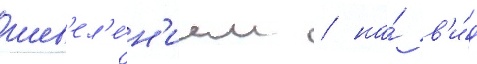
шев'ел'е́н'ием / на́ в'и́д